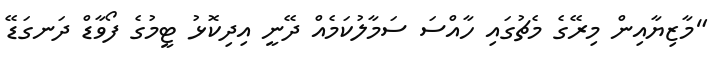
"މާޒިޔާއިން މިރޭގެ މެޗުގައި ހާއްސަ ސަމާލުކަމެއް ދޭނީ އިދިކޮޅު ޓީމުގެ ފޯވާޑް ދަނގަޑޭ